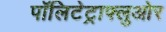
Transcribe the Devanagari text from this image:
पॉलिटेट्राफ्लुओर